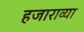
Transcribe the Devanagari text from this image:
हजाराव्या